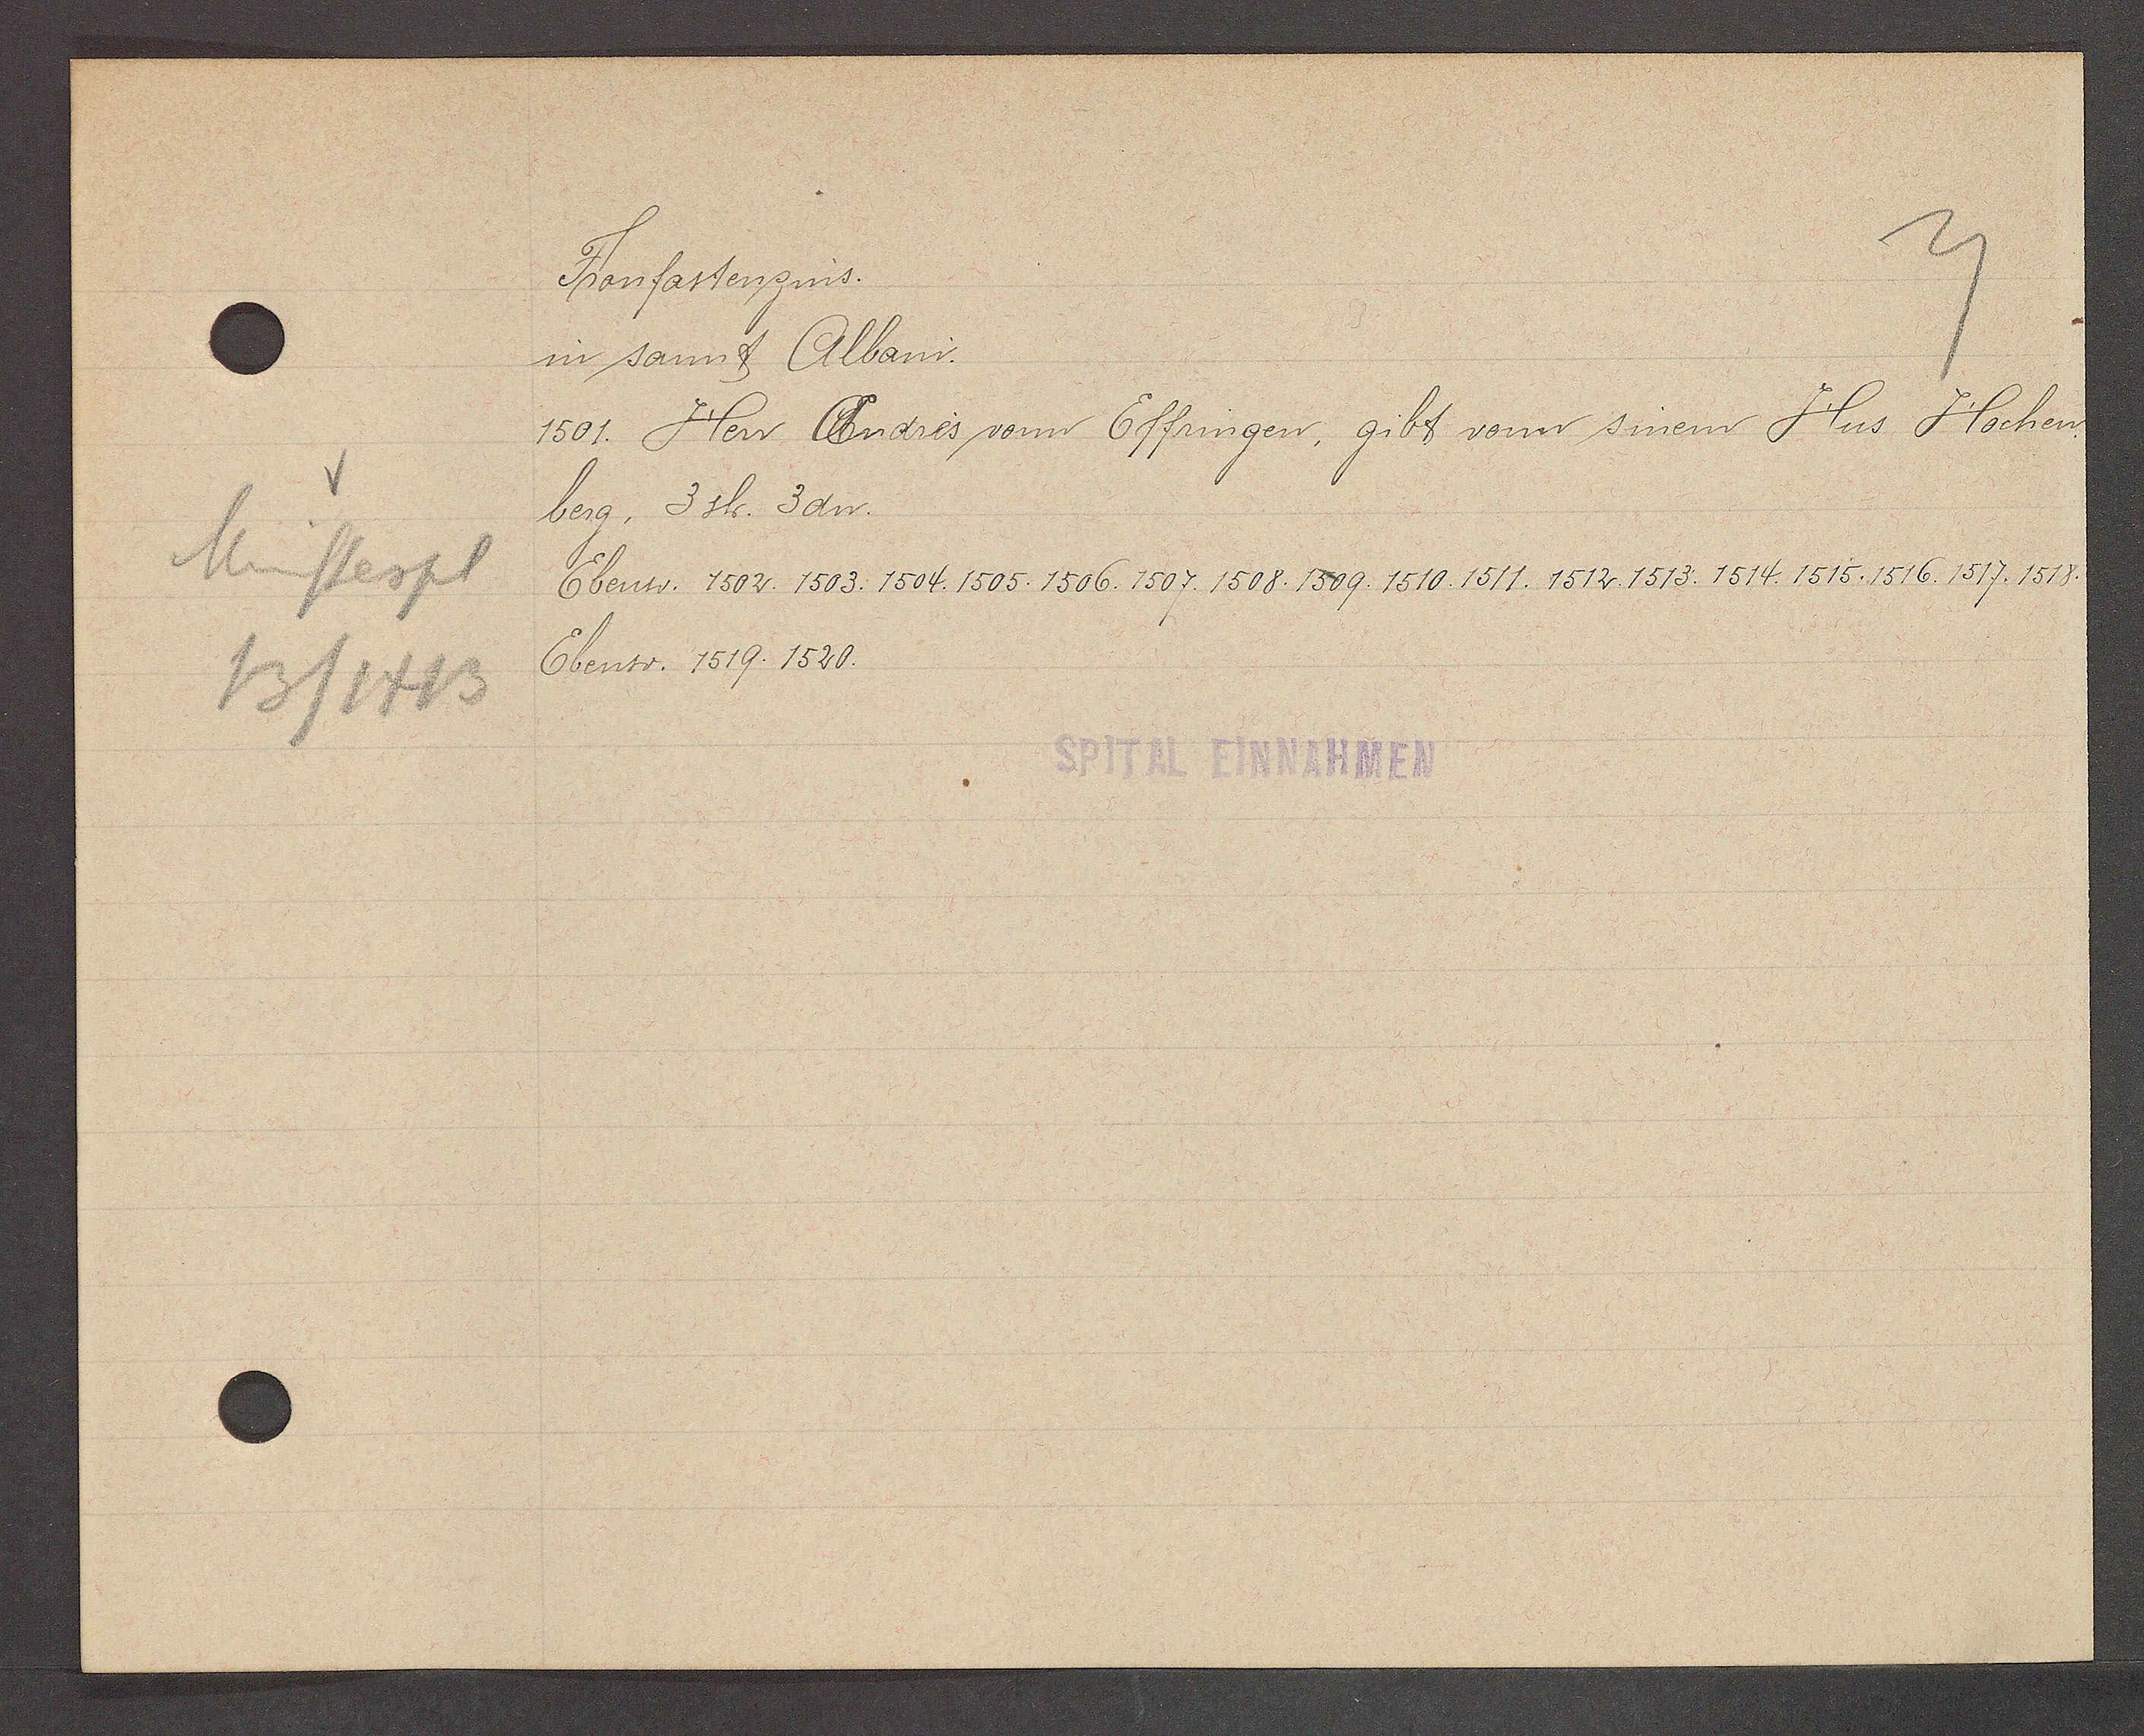
Transcript:
Münssterpl
13/1413

Fronfastenzins.

in sannt Albani.
1501. Herr Andres vonn Effringen, gibt vonn sinem Hus Hochen
berg, 3 sh. 3dn.
Ebenso. 1502. 1503. 1504. 1505. 1506. 1507. 1508. 1509. 1510. 1511. 1512. 1513. 1514. 1515. 1516. 1517. 1518.
Ebenso. 1519. 1520.

SPITAL EINNAHMEN